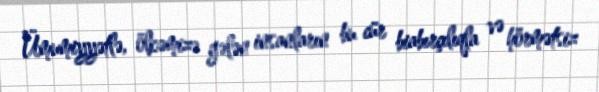
Ümumiyyətlə, ölkəmizə gələn insanların bu cür biabırçılıqla və hörmətsiz